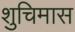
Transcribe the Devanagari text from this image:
शुचिमास